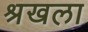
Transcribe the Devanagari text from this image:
श्रखला